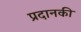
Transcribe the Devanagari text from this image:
प्रदानकी